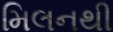
મિલનથી